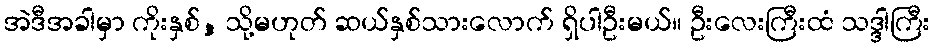
အဲဒီအခါမှာ ကိုးနှစ်, သို့မဟုတ် ဆယ်နှစ်သားလောက် ရှိပါဦးမယ်။ ဦးလေးကြီးထံ သဒ္ဒါကြီး